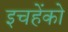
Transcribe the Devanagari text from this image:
इचहेंको